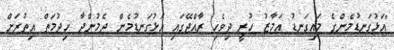
"އަޅުގަނޑުމެންގެ މައިގަނޑު އަމާޒު ހުރީ ދިވެހި ރާއްޖޭގައި އަޅުގަނޑުމެން ދެމުންދާ ހިދުމަތް އިތުރަށް